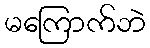
မကြောက်ဘဲ